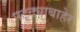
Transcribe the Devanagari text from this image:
पट्ट्याबाहेर